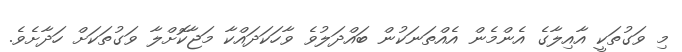
މި ވަގުތަކީ އާއިލާގެ އެންމެން އެއްތަނަކުން ބައްދަލުވެ ވާހަކަދައްކާ މަޖާކޮށްލާ ވަގުތަކަށް ހަދާށެވެ.